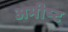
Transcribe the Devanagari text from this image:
अभीष्‍ट